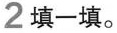
2填一填。